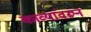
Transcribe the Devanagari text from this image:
काव्यांवरून